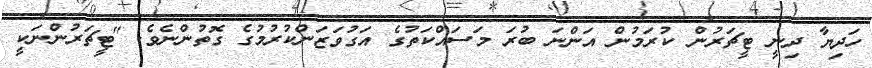
ހަދިޔާ ދިނީ ޓީޗަރުން ކުރަމުން އަންނަ ބުރަ މަސައްކަތުގެ އަގުވަޒަންކުރުމުގެ ގޮތުންނެވެ. "ޓީޗަރުންނަކީ